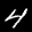
Label: 4